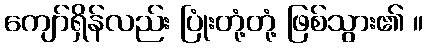
ကျော်ရှိန်လည်း ပြုံးတုံ့တုံ့ ဖြစ်သွား၏ ။